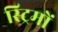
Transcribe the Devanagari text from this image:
स्ट्रिमों